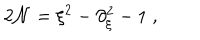
2 { \cal N } = \xi ^ { 2 } - \partial _ { \xi } ^ { 2 } - 1 \; ,